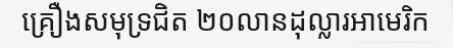
គ្រឿងសមុទ្រជិត ២០លានដុល្លារអាមេរិក